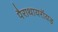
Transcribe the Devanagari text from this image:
पैराथायरॉयड